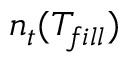
n _ { t } ( T _ { f i l l } )